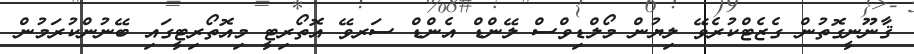
ޤާނޫނީގޮތުން ގެޒެޓްކުރެވޭ ލިޔުން މޯލްޑިވްސް ލޭންޑް އެންޑް ސަރވޭ އޮތޯރިޓީ މިއޮތޯރިޓީގައި ބޭނުންކުރަމުން